Report on sanitation, dispensaries, and jails in Rajputana for 1919, and on vaccination for the year 1919-1920 - 1919-1920
Year: 1919
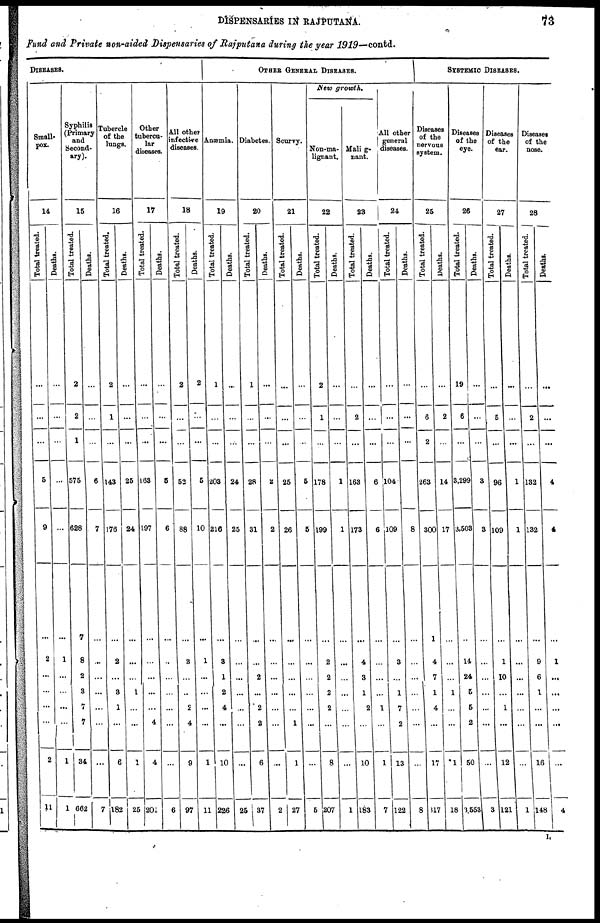
DISPENSARIES IN RAJPUTANA.
73
Fund and Private non-aided Dispensaries of Rajputana during the year 1919—contd.
DISEASES.
Small-
pox.
14
Total treated.
...
...
...
5
9
...
2
...
...
...
...
2
11
Deaths.
...
...
...
...
...
...
1
...
...
...
...
1
1
Syphilis
(Primary
and
Second¬
ary).
15
Total treated.
2
2
1
575
628
7
8
2
3
7
7
34
662
Deaths.
...
...
...
6
7
...
...
...
...
...
...
...
7
Tubercle
of the
lungs.
16
Total treated.
2
1
...
143
176
...
2
...
3
1
...
6
182
Deaths.
...
...
...
25
24
...
...
...
1
...
...
1
25
Other
tubercu-
lar
diseases.
17
Total treated.
...
...
...
163
197
...
...
...
...
...
4
4
201
Deaths.
...
...
...
5
6
...
...
...
...
...
...
...
6
All other
infective
diseases.
18
Total treated.
2
...
...
52
88
...
3
...
..
2
4
9
97
Deaths.
2
...
...
5
10
...
1
...
...
...
...
1
11
OTHER GENERAL DISEASES.
Anæmia.
19
Total treated.
1
...
...
203
216
...
3
1
2
4
...
10
226
Deaths.
...
...
...
24
25
...
...
...
...
...
...
...
25
Diabetes.
20
Total treated.
1
...
...
28
31
...
...
2
...
2
2
6
37
Deaths.
...
...
...
2
2
...
...
...
...
...
...
...
2
Scurvy.
21
Total treated.
...
...
...
25
26
...
...
...
...
...
1
1
27
Deaths.
...
...
...
5
5
...
...
...
...
...
...
...
5
New growth.
Non-ma-
lignant.
22
Total treated.
2
1
...
178
199
...
2
2
2
2
...
8
207
Deaths.
...
...
...
1
1
...
...
...
...
...
...
...
1
Malig-
nant.
23
Total treated.
...
2
...
163
173
...
4
3
1
2
...
10
183
Deaths.
...
...
...
6
6
...
...
...
...
1
...
1
7
All other
general
diseases.
24
Total treated.
...
...
...
104
109
...
3
...
1
7
2
13
122
Deaths.
...
...
...
...
8
...
...
...
...
...
...
...
8
SYSTEMIC DISEASES.
Diseases
of the
nervous
system.
25
Total treated.
...
6
2
263
300
1
4
7
1
4
...
17
317
Deaths.
...
2
...
14
17
...
...
...
1
...
...
1
18
Diseases
of the
eye.
26
Total treated.
19
6
...
3,299
3,503
...
14
24
5
5
2
50
3,553
Deaths.
...
...
...
3
3
...
...
...
...
...
...
...
3
Diseases
of the
ear.
27
Total treated.
...
5
...
96
109
...
1
10
...
1
...
12
121
Deaths.
...
...
...
1
1
...
...
...
...
...
...
...
1
Diseases
of the
nose.
28
Total treated.
...
2
...
132
132
...
9
6
1
...
...
16
148
Deaths.
...
...
...
4
4
...
1
...
...
...
...
...
4
I